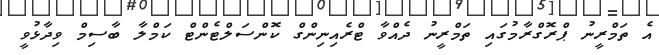
އެ ތަމްރީނު ޕްރޮގްރާމުގައި ތަމްރީނު ދެއްވާ ޓްރެއިނިންގް ކޮންސަލްޓެންޓް ކަމްލާ ބާސިމް ވިދާޅުވީ